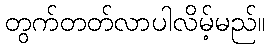
တွက်တတ်လာပါလိမ့်မည်။